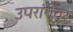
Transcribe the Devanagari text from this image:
उपरांगेवर